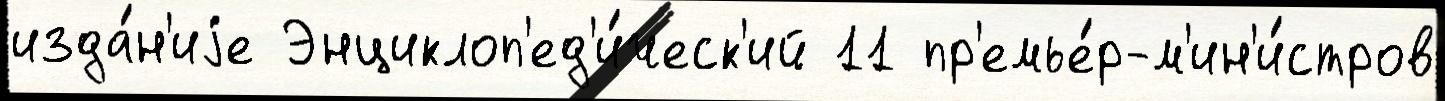
изда́н'иjе Энциклоп'ед'и́ческ'ий 11 пр'емье́р-м'ин'и́стров